Indian journal of veterinary science and animal husbandry - Volume 8,
Year: 1938
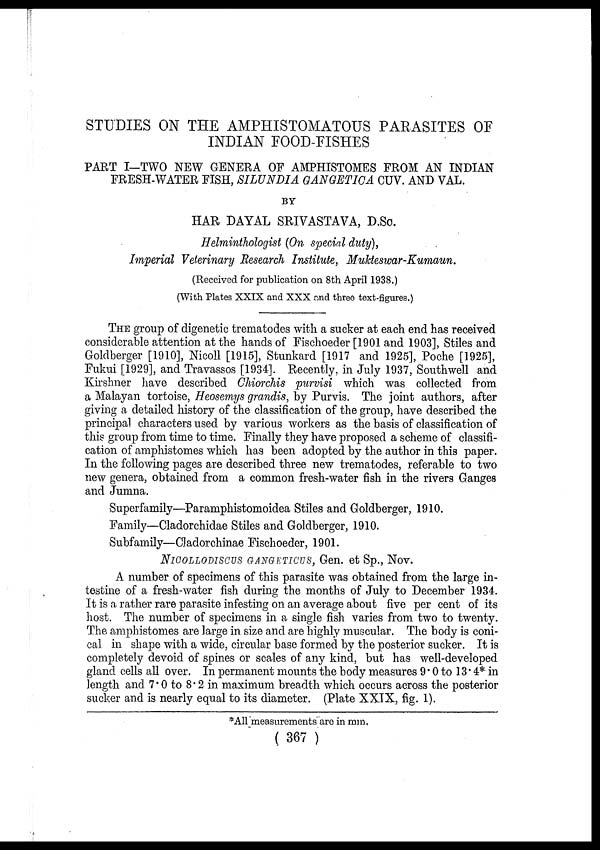
STUDIES ON THE AMPHISTOMATOUS PARASITES OF
INDIAN FOOD-FISHES
PART I—TWO NEW GENERA OF AMPHISTOMES FROM AN INDIAN
FRESH-WATER FISH, SILUNDIA GANGETICA CUV. AND VAL.
BY
HAR DAYAL SRIVASTAVA, D.Sc.
Helminthologist (On special duty),
Imperial Veterinary Research Institute, Mukteswar-Kumaun.
(Received for publication on 8th April 1938.)
(With Plates XXIX and XXX and three text-figures.)
THE group of digenetic trematodes with a sucker at each end has received
considerable attention at the hands of Fischoeder [1901 and 1903], Stiles and
Goldberger [1910], Nicoll [1915], Stunkard [1917 and 1925], Poche [1925],
Fukui [1929], and Travassos [1934]. Recently, in July 1937, Southwell and
Kirshner have described Chiorchis purvisi which was collected from
a Malayan tortoise, Heosemys grandis, by Purvis. The joint authors, after
giving a detailed history of the classification of the group, have described the
principal characters used by various workers as the basis of classification of
this group from time to time. Finally they have proposed a scheme of classifi-
cation of amphistomes which has been adopted by the author in this paper.
In the following pages are described three new trematodes, referable to two
new genera, obtained from a common fresh-water fish in the rivers Ganges
and Jumna.
Superfamily—Paramphistomoidea Stiles and Goldberger, 1910.
Family—Cladorchidae Stiles and Goldberger, 1910.
Subfamily—Cladorchinae Fischoeder, 1901.
NICOLLODISCUS GANGETICUS, Gen. et Sp., Nov.
A number of specimens of this parasite was obtained from the large in-
testine of a fresh-water fish during the months of July to December 1934.
It is a rather rare parasite infesting on an average about five per cent of its
host. The number of specimens in a single fish varies from two to twenty.
The amphistomes are large in size and are highly muscular. The body is coni-
cal in shape with a wide, circular base formed by the posterior sucker. It is
completely devoid of spines or scales of any kind, but has well-developed
gland cells all over. In permanent mounts the body measures 9.0 to 13.4* in
length and 7.0 to 8.2 in maximum breadth which occurs across the posterior
sucker and is nearly equal to its diameter. (Plate XXIX, fig. 1).
*All measurements are in mm.
( 367 )